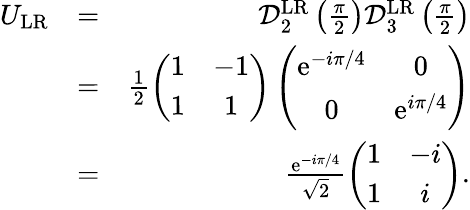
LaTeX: \begin{array}{rlr}{U_{\mathrm{LR}}}&{=}&{\mathcal{D}_{2}^{\mathrm{LR}}\left(\frac{\pi}{2}\right)\mathcal{D}_{3}^{\mathrm{LR}}\left(\frac{\pi}{2}\right)}\\ &{=}&{\frac{1}{2}\left(\begin{array}{cc}{1}&{-1}\\ {1}&{1}\end{array}\right)\left(\begin{array}{cc}{\mathrm{e}^{-i\pi/4}}&{0}\\ {0}&{\mathrm{e}^{i\pi/4}}\end{array}\right)}\\ &{=}&{\frac{\mathrm{e}^{-i\pi/4}}{\sqrt{2}}\left(\begin{array}{cc}{1}&{-i}\\ {1}&{i}\end{array}\right).}\end{array}